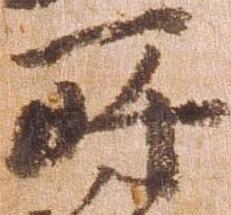
所